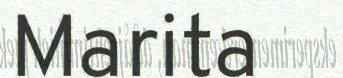
Marita